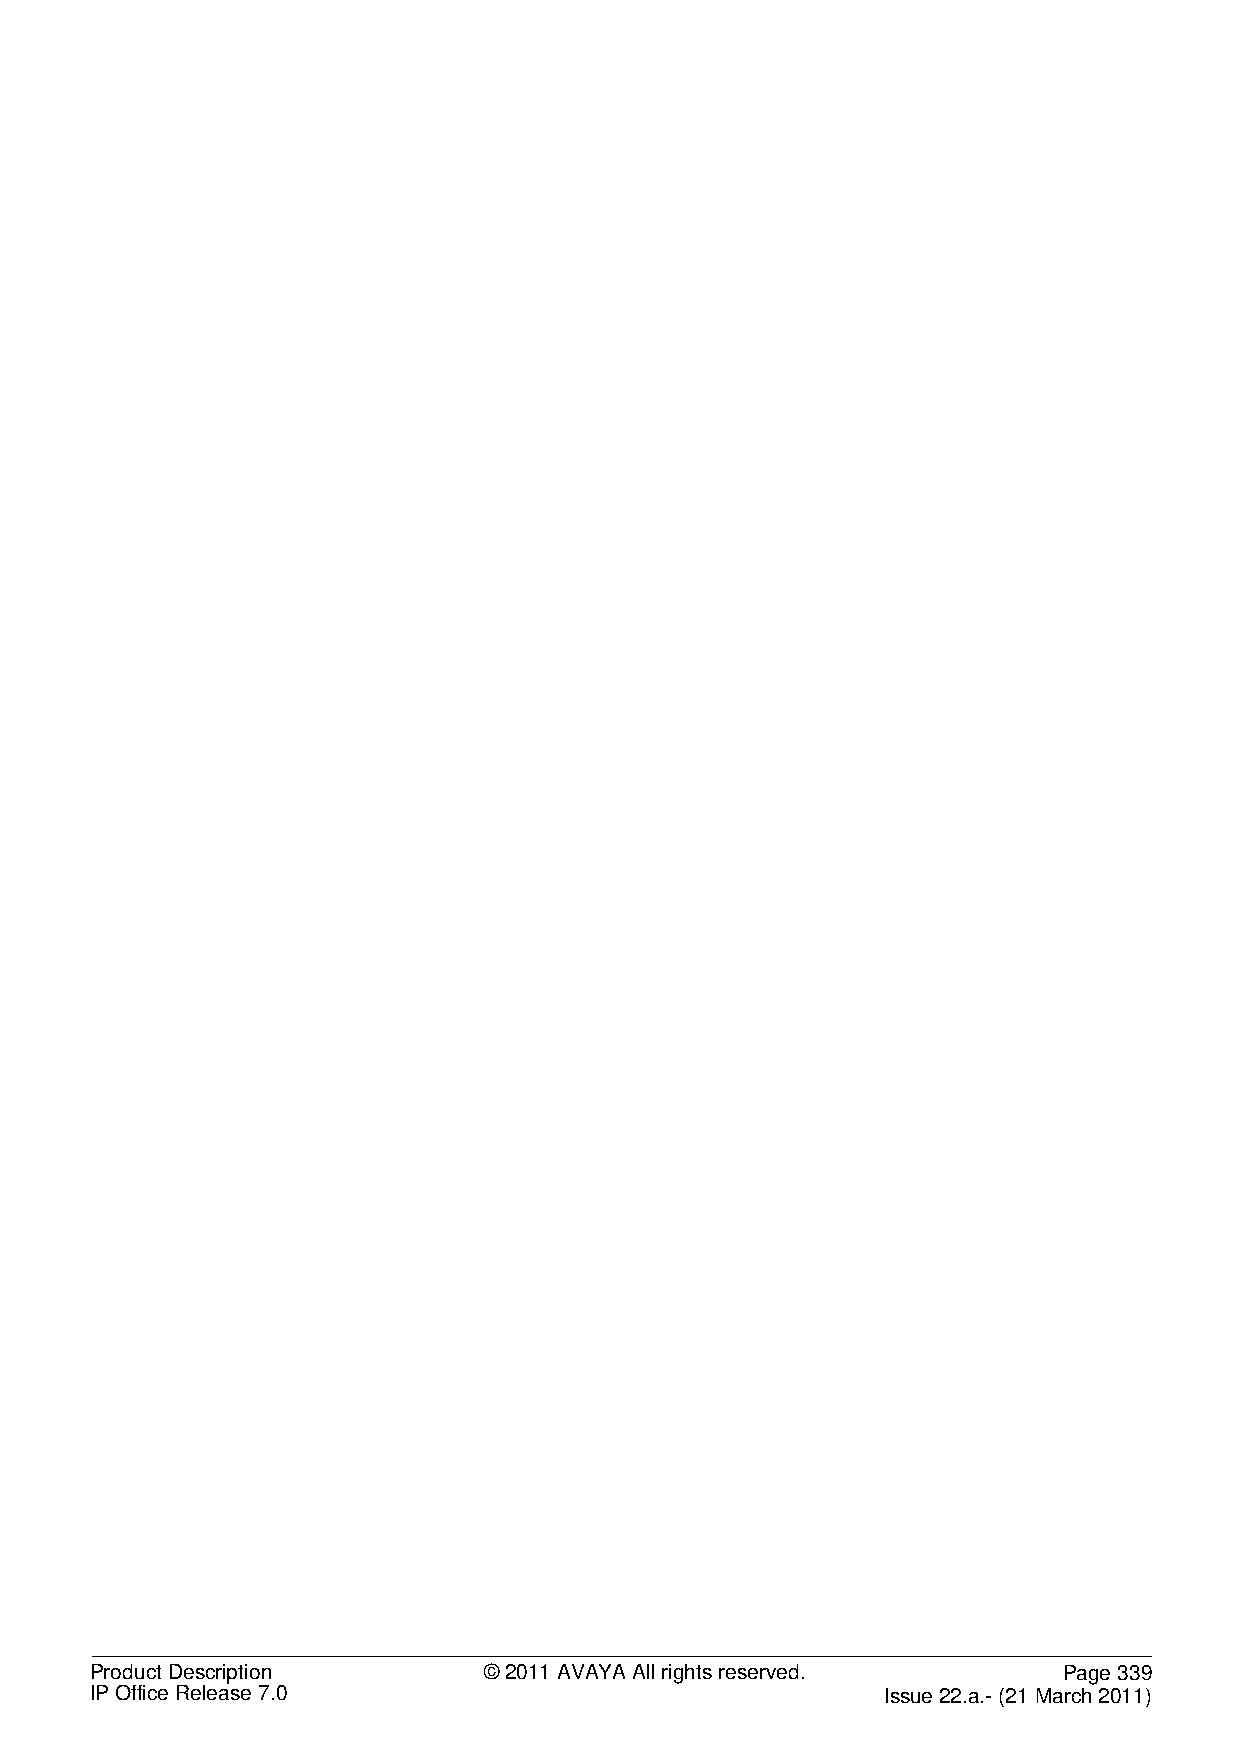
Product Description       © 2011 AVAYA All rights reserved.     Page 339
 IP Office Release 7.0                                Issue 22.a.- (21 March 2011)